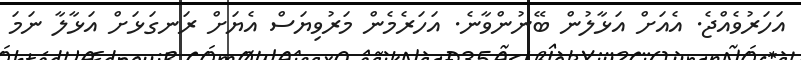
އަހަރުވެއްޖެ. އެއަށް އަޅާލުން ބޭނުންވާނެ. އަހަރެމެން މަރުވިޔަސް އެޔަށް ރަނގަޅަށް އަޅާލާ ނަމަ